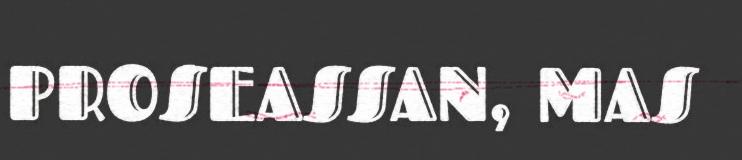
PROSEASSAN, MAS